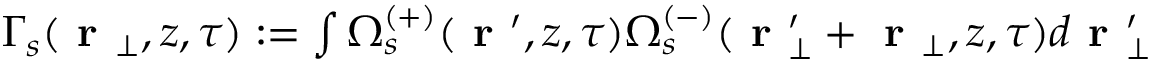
\begin{array} { r } { \Gamma _ { s } ( \textbf { r } _ { \perp } , z , \tau ) : = \int \Omega _ { s } ^ { ( + ) } ( \textbf { r } ^ { \prime } , z , \tau ) \Omega _ { s } ^ { ( - ) } ( \textbf { r } _ { \perp } ^ { \prime } + \textbf { r } _ { \perp } , z , \tau ) d \textbf { r } _ { \perp } ^ { \prime } } \end{array}